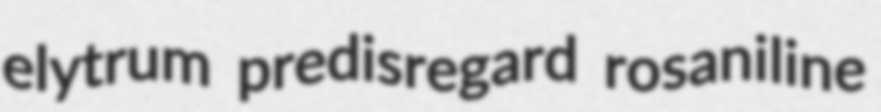
elytrum predisregard rosaniline